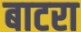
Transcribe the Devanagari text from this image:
बाटरा